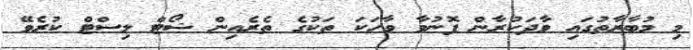
މި މުބާރާތުގައި ވާދަކުރާން ފޮނުވާ ވާހަކަ ތަކުގެ ތެރެއިން ޝޯޓް ލިސްޓް ކުރެވޭ